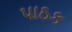
પાઠક